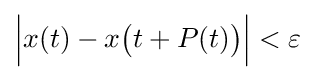
{\Big |}x(t)-x{\big (}t+P(t){\big )}{\Big |}<\varepsilon \